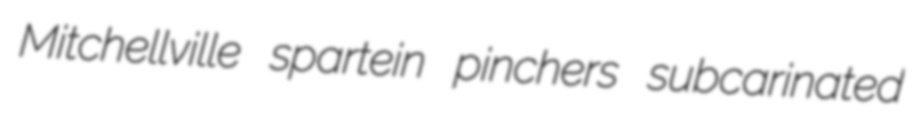
Mitchellville spartein pinchers subcarinated